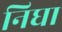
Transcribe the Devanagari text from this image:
निघा